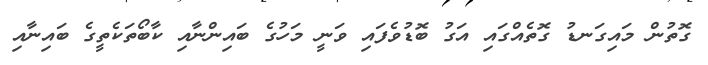
ގޮތުން މައިގަނޑު ގޮތެއްގައި އަގު ބޮޑުވެފައި ވަނީ މަހުގެ ބައިންނާއި ކާބޯތަކެތީގެ ބައިނާއި